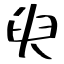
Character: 臾